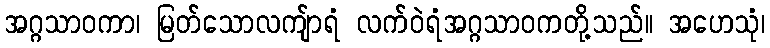
အဂ္ဂသာဝကာ၊ မြတ်သောလကျ်ာရံ လက်ဝဲရံအဂ္ဂသာဝကတို့သည်။ အဟေသုံ၊